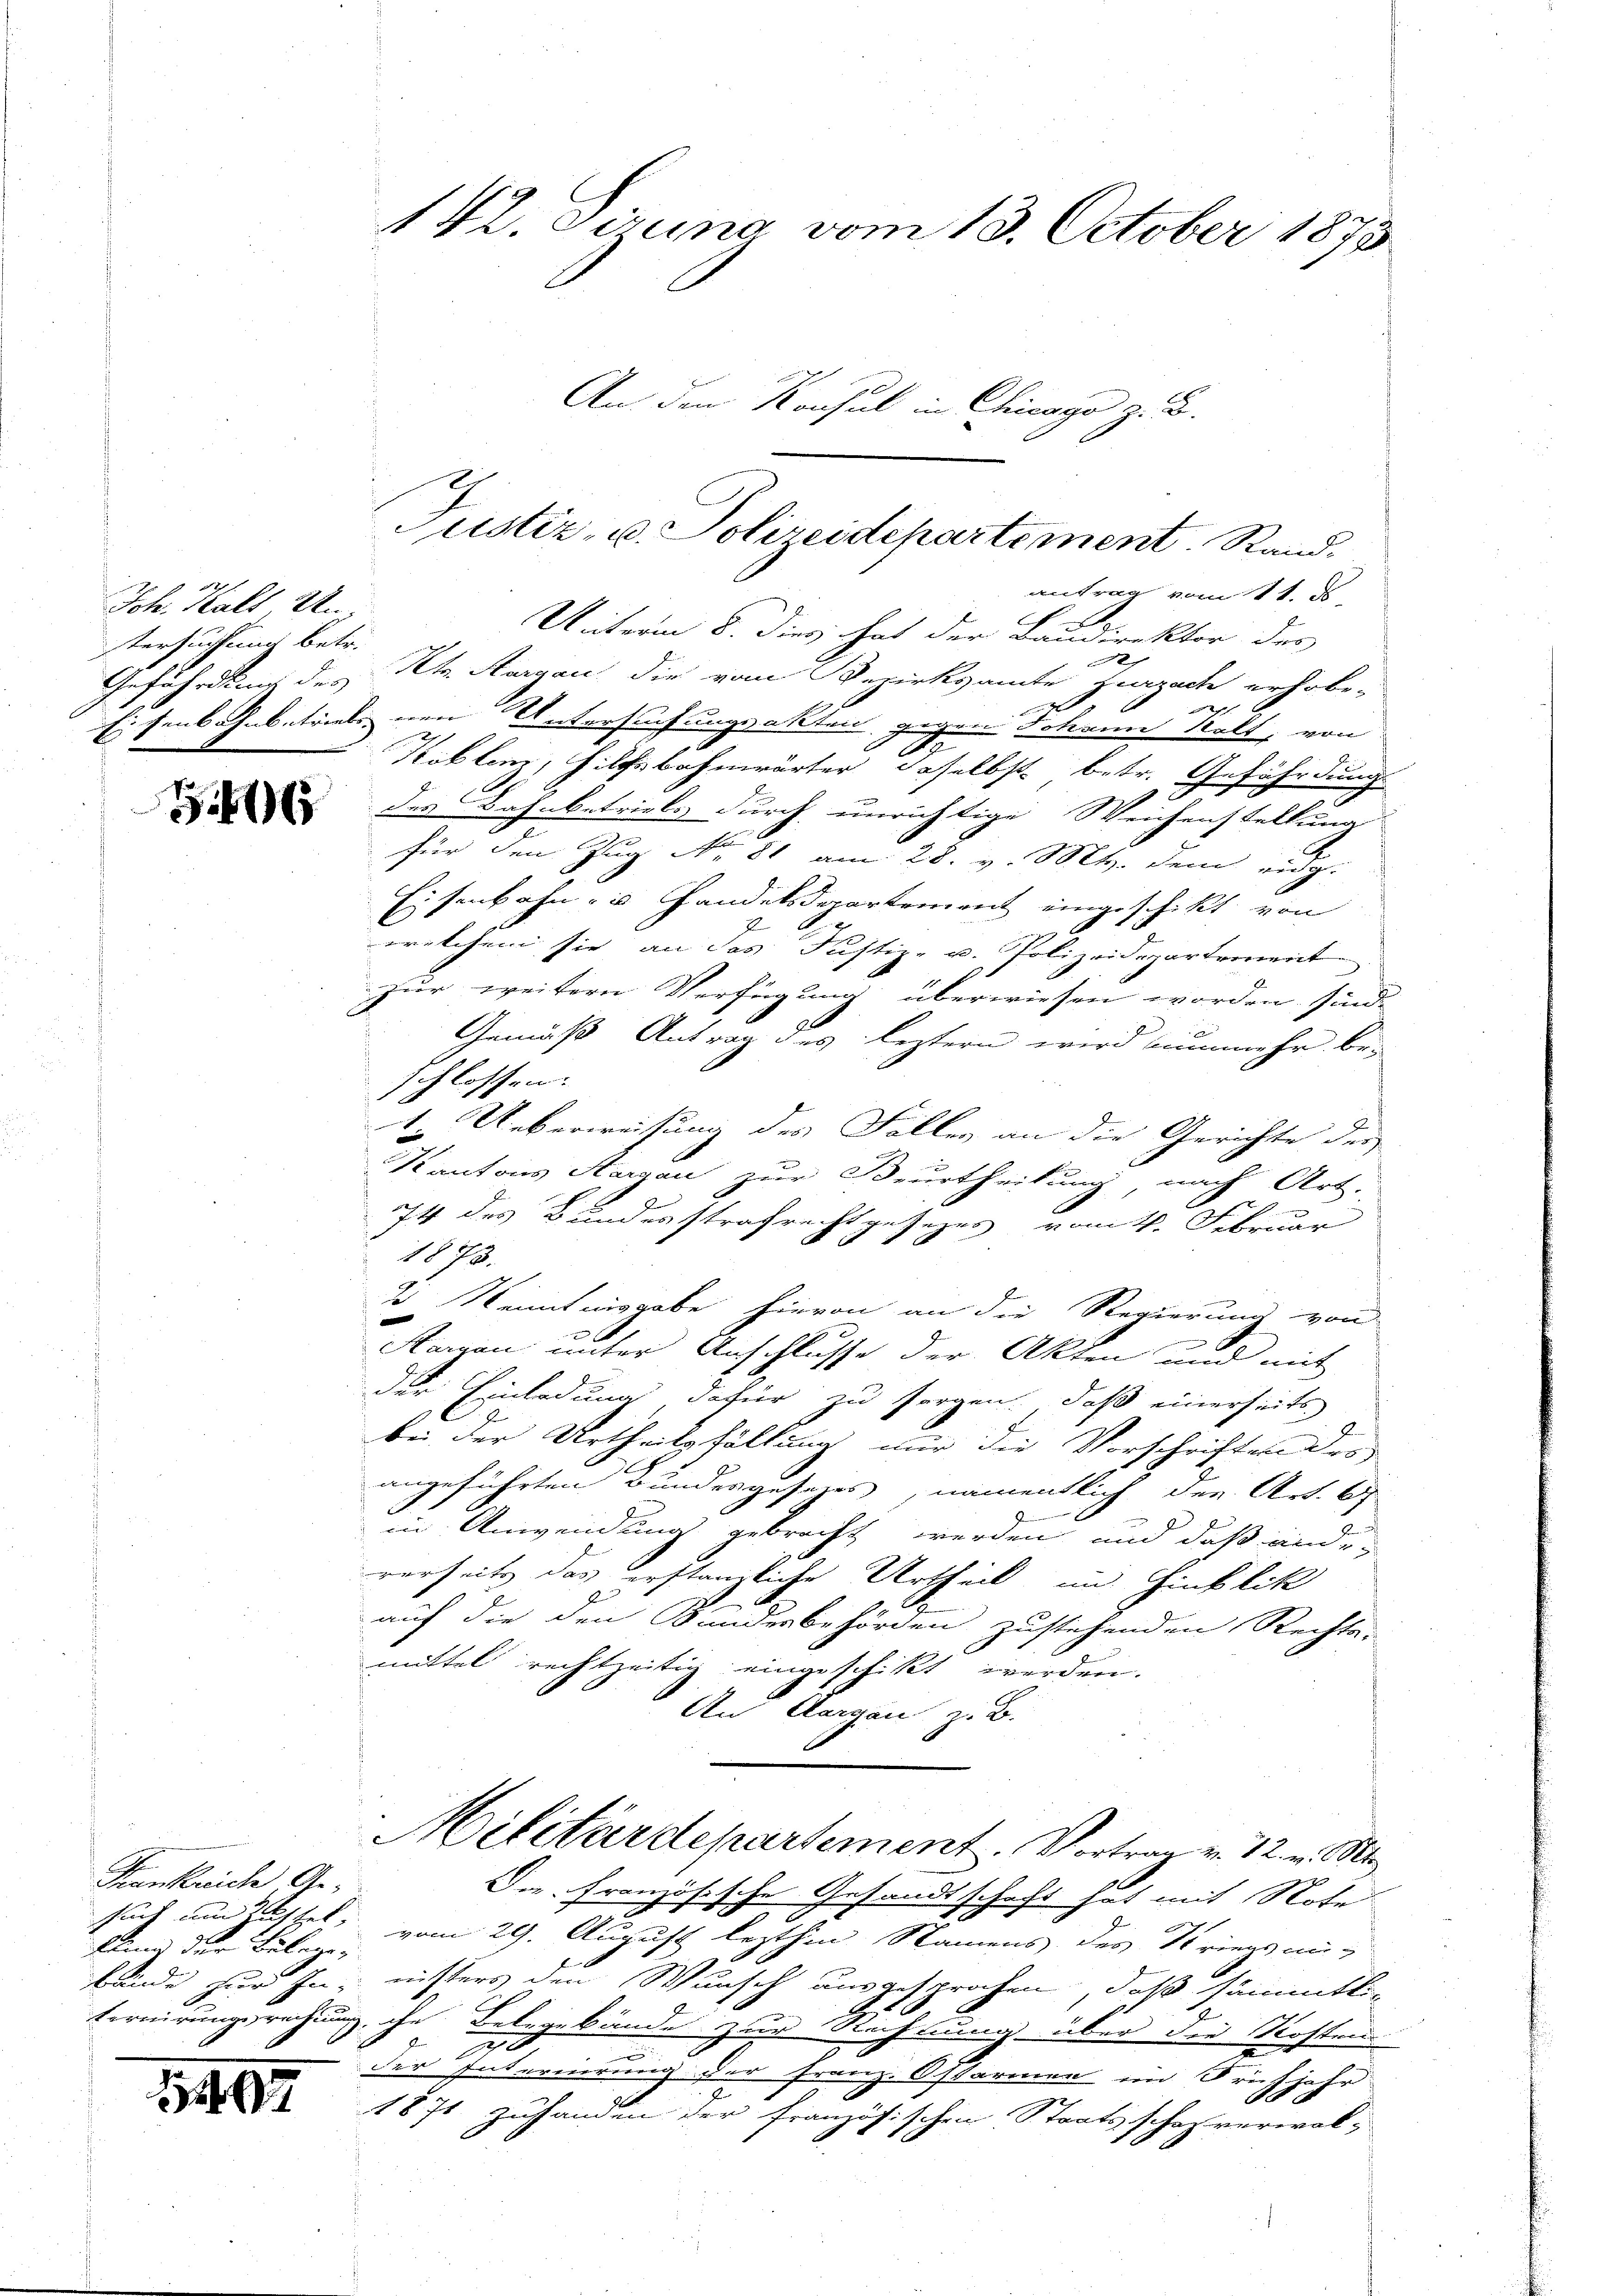
Joh. Kalt Un
tersuchung betr.

16

Frankreich, Ge-
klung der Belegen

1494

An den Konsul in Chicago z. B.
antrag vom 11. d.
Unterm 8. dies hat der Baudirektor des

Gefährdung des Kt. Aargau die vom Bezirksamte Zurzach erhobe-
2
f
Eisenbahnbetriebenen Untersuchungsakten, gegen Johann kalt, von
.
Koblem, Hilfsbahnwärter daselbst betr. Gefährdung
des Bahnbetrieb, durch unrichtige Weichenstellung
für den Zug No. 81 am 28. v. Mts. dem eidg.
Eisenbahn zu Handelsdepartement eingeschikt von
welchem sie an das Justiz- u. Polizeidepartement
zur weitern Verfügung überwiesen worden, sonde
Gemäß Antrag des leztern wird nunmehr beschlossen.
1. Ueberweisung des Falles an die Gerichte der
Kantons Aargau zur Beurtheilung, nach Art.
b
74 des Bundesstrafrechtgesetzes vom 4. Februar
1873.
2 Kenntnisgabe hievon an die Regierung von
Aargau unter Anschlusse der Akten und mit
der Einladung, dafür zu sorgen, daß einerseits
bei der Urtheilsfällung nur die Vorschriften des
angeführten Bundengesezes, namentlich der Art. 6
s
in Anwendung gebracht werden, und daß ande
rerseits das erstanzliche Urtheil im Hinblik
auf die den Bundesbehörden zustehenden Rechts-
mittel rechtzeitig eingeschickt werden.
An Aargau zu B.
Militärdepartement. Vortrag v. 12. v.
Die französische Gesandtschaft hat mit Note
such und Rittel, vom 29. August lezthin Namens des Striegsmibände zur In- nisters den Wunsch ausgesprochen, daß sämmtliternirungsrechnung, ihn Belegebände zur Rechnung über die Kosten
870
.
der Interierung der Franz. Ostarmen im Frühjahr
1871 zuhanden der französischen Staatsschaz verwal-
f

142. Serina vom 13. October 1873.

Justiz- u. Polizeidepartement. Sand¬